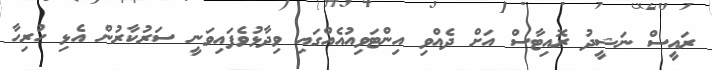
ރައީސް ނަޝީދު ރޮއިޓާސް އަށް ދެއްވި އިންޓަވިއުއެއްގައި ވިދާޅުވެފައިވަނީ ސަރުކާރުން އެޅި ހުރިހާ